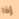
إذا